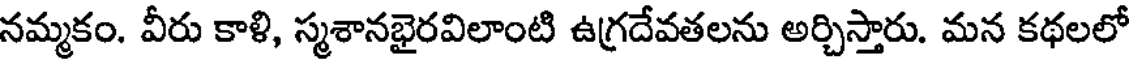
నమ్మకం. వీరు కాళి, స్మశానభైరవిలాంటి ఉగ్రదేవతలను అర్చిస్తారు. మన కథలలో